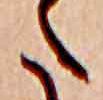
た